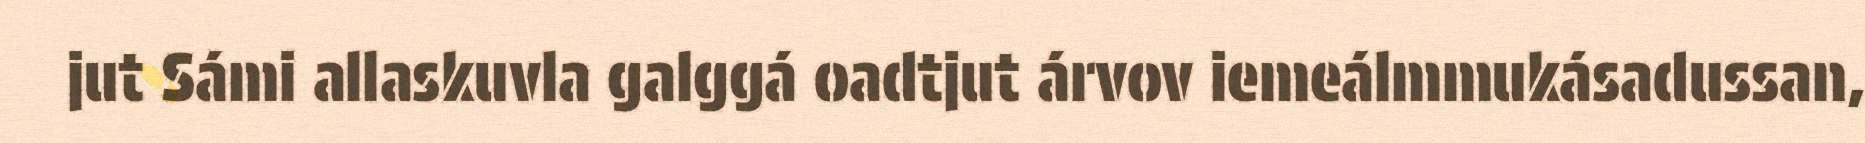
jut Sámi allaskuvla galggá oadtjut árvov iemeálmmukásadussan,